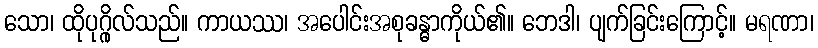
သော၊ ထိုပုဂ္ဂိုလ်သည်။ ကာယဿ၊ အပေါင်းအစုခန္ဓာကိုယ်၏။ ဘေဒါ၊ ပျက်ခြင်းကြောင့်။ မရဏာ၊